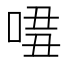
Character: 𠴾